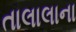
તાલાલાના